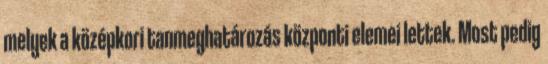
melyek a középkori tanmeghatározás központi elemei lettek. Most pedig